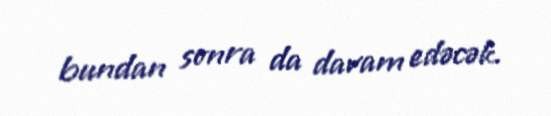
bundan sonra da davam edəcək.